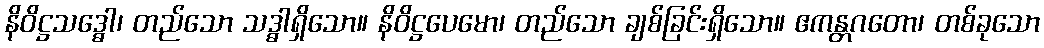
နိဝိဋ္ဌသဒ္ဓေါ၊ တည်သော သဒ္ဓါရှိသော။ နိဝိဋ္ဌပေမော၊ တည်သော ချစ်ခြင်းရှိသော။ ဧကန္တဂတော၊ တစ်ခုသော